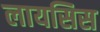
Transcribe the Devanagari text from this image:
लायसिस